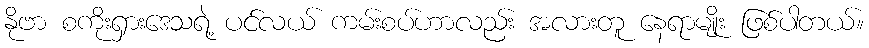
နိုဗာ စကိုးရှားဒေသရဲ့ ပင်လယ် ကမ်းစပ်ဟာလည်း အလားတူ နေရာမျိုး ဖြစ်ပါတယ်။